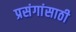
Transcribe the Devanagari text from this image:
प्रसंगांसाठी